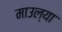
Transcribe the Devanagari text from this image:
माउल्या